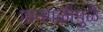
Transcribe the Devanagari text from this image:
पानगळीमुळे